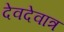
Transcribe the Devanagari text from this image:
देवदेवात्र